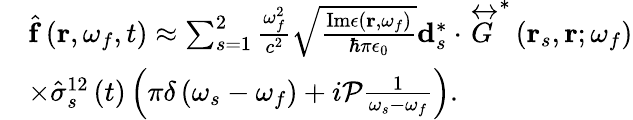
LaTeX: \begin{array}{rl}&{\hat{\mathbf{f}}\left(\mathbf{r},\omega_{f},t\right)\approx\sum_{s=1}^{2}\frac{\omega_{f}^{2}}{c^{2}}\sqrt{\frac{\mathrm{Im}\epsilon\left(\mathbf{r},\omega_{f}\right)}{\hbar\pi\epsilon_{0}}}\mathbf{d}_{s}^{*}\cdot\overleftrightarrow{G}^{*}\left(\mathbf{r}_{s},\mathbf{r};\omega_{f}\right)}\\ &{\times\hat{\sigma}_{s}^{12}\left(t\right)\left(\pi\delta\left(\omega_{s}-\omega_{f}\right)+i\mathcal{P}\frac{1}{\omega_{s}-\omega_{f}}\right).}\end{array}